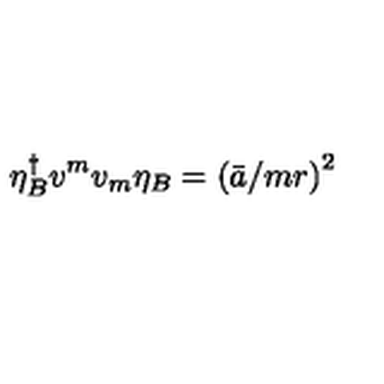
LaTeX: \eta _ { B } ^ { \dagger } v ^ { m } v _ { m } \eta _ { B } = \left( \bar { a } / m r \right) ^ { 2 }